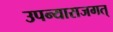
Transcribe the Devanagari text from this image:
उपन्यासजगत्